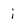
Character: i